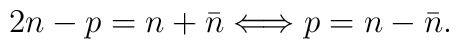
2n-p = n+\bar n \Longleftrightarrow p=n-\bar n.